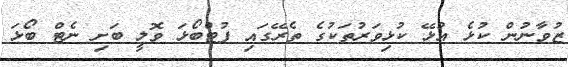
ޒުވާނުން ކުޅެ އުޅޭ ކުޅިވަރުތަކުގެ ތެރޭގައި ފުޓްބޯޅަ ވޮލީ ބަށި ނެޓް ބޯޅަ